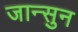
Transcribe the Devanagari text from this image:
जान्सुन